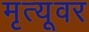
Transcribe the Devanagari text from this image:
मृत्‍यूवर